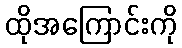
ထိုအကြောင်းကို